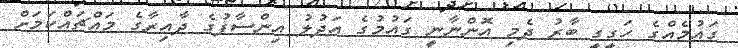
ގައުމެއްގެ ހަގީގީ ބާރު ދެމި އޮންނާނީ ގައުމުގެ އަދުލު އިންސާފުގެ ދާއިރާގެ މައްޗައްކަމަށް